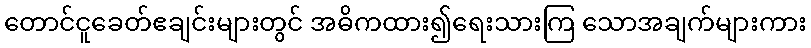
တောင်ငူခေတ်ဧချင်းများတွင် အဓိကထား၍ရေးသားကြ သောအချက်များကား